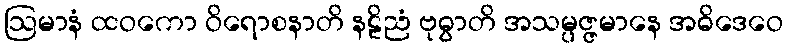
ဩမာနံ ထဝကော ဝိရောစနာတိ နဠိညံ ဗုဓွာတိ အသမ္ပဇ္ဇမာနေ အဓိဒေဝေ